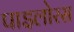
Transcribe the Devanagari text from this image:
पाइलोरस